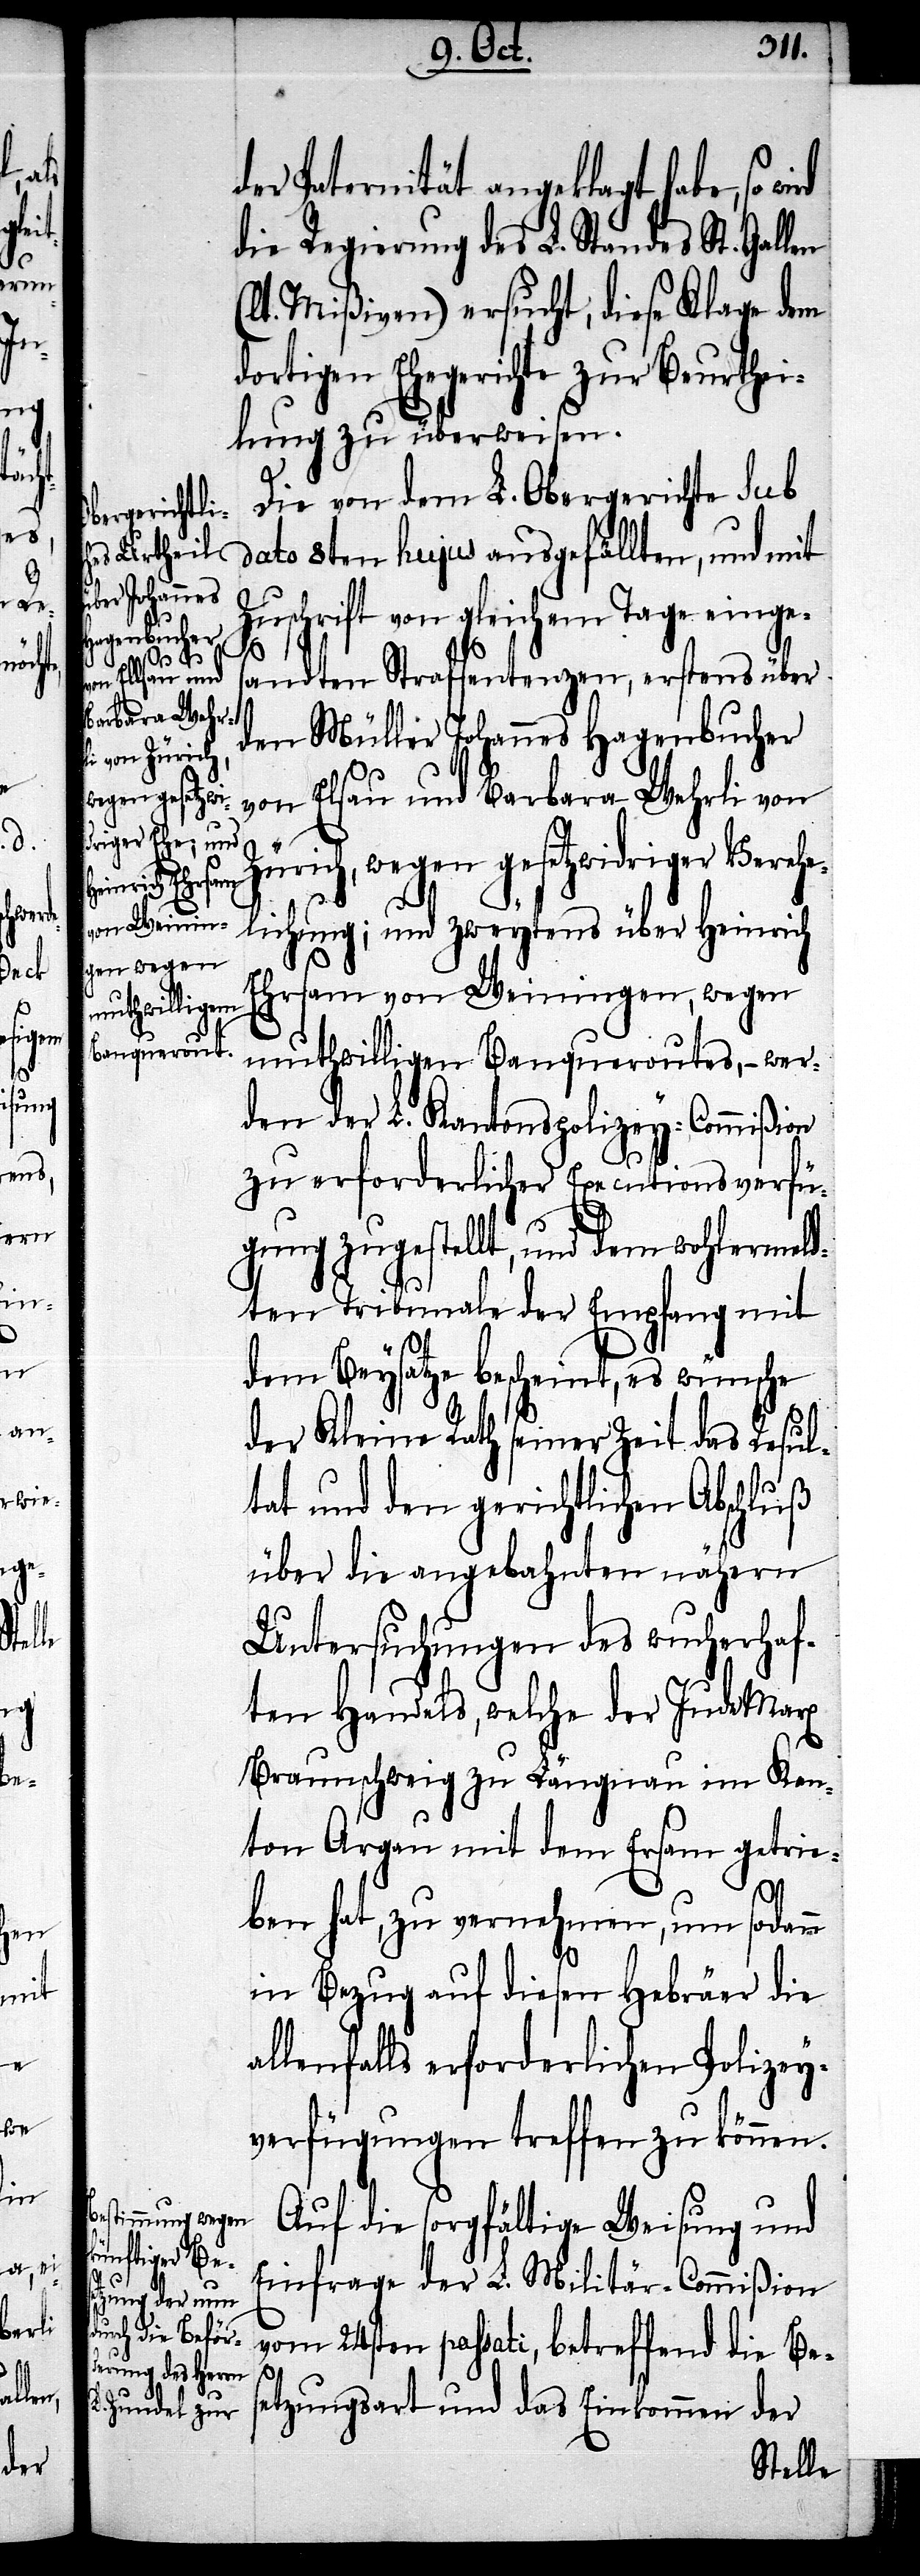
c!] getrie¬

der Paternität angeklagt habe, so
die Regierung des L. Standes St. Gal¬
(lt. Mißiven) ersucht, diese Klage dem
dortigen Ehegerichte zur Beurthei¬
lung zu überweisen.
Die von dem L. Obergerichte sub
dato 8ten hujus ausgefällten, und mit
Zuschrift von gleichem Tage einges¬
andten Strafsentenzen, erstens über
den Müller Johannes Hagenbucher
von Elsau und Barbara Wehrli von
Zürich, wegen gesetzwidriger Verehe¬
lichung; und zweytens über Heinrich
Ehrsam von Weiningen, wegen
muthwilligen Banqueroutes, – wer¬
den der L. Kantonspolizey-Commißion
zu erforderlicher Executionsverfü¬
gung zugestellt, und dem wohlermeld¬
ten Tribunale der Empfang mit
dem Beysatze bescheint, es wünsche
der Kleine Rath seiner Zeit das Resul¬
tat und den gerichtlichen Abschluß
über die angebahnten nähern
Untersuchungen des wucherhaf¬
ten Handels, welche der Jude Marx
Braunschweig zu Längnau im Kan¬
ton Argau mit dem Ersam [si¬
ben hat, zu vernehmen, um sodann
in Bezug auf diesen Hebräer die
allenfalls erforderlichen Polizey¬
verfügungen treffen zu können.
Auf die sorgfältige Weisung und
Einfrage der L. Militär-Commißion
vom 24sten passati, betreffend die Be¬
len
setzungsart und das Einkommen der